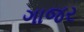
ગાજર